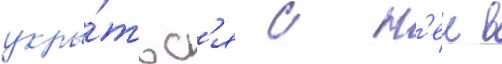
укры́тьс'я с н'еи в